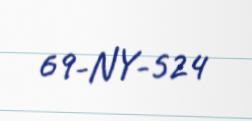
69-NY-524